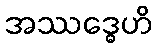
အဿဒ္ဓေဟိ